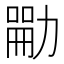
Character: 𪟣